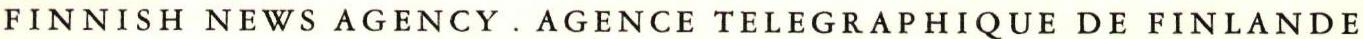
FINNISH NEWS AGENCY . AGENCE TELEGRAPHIQUE DE FINLANDE